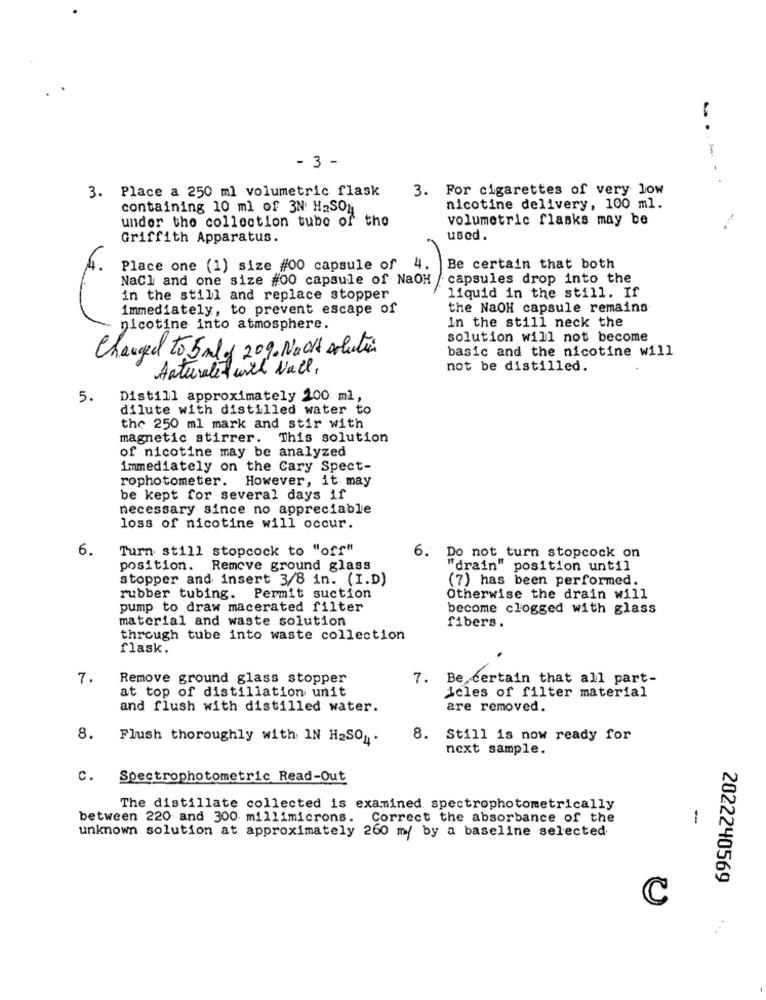
- 3 -
3. For cigarettes of very low
3. Place a 250 ml volumetric flask
containing 10 ml of 3N: H2SO4
nicotine delivery, 100 ml.
under the collection tube of the
volumetric flasks may be
Griffith Apparatus.
used.
4.
Place one (1) size #00 capsule of
Be certain that both
NaCl and one size #00 capsule of NaOH
capsules drop into the
in the still and replace stopper
liquid in the still. If
immediately, to prevent escape of
the NaOH capsule remains
nicotine into atmosphere.
in the still neck the
solution will not become
Changed to 5 mld 20%. Naott solution
basic and the nicotine will
Anteralet with Nail,
not be distilled.
5.
Distill approximately 200 ml,
dilute with distilled water to
the 250 ml mark and stir with
magnetic stirrer.
This solution
of nicotine may be analyzed
immediately on the Cary Spect-
rophotometer. However, it may
be kept for several days if
necessary since no appreciable
loss of nicotine will occur.
6.
Turn still stopcock to "off"
6. Do not turn stopcock on
position. Remove ground glass
"drain" position until
stopper and insert 3/8 in. (I.D)
(7) has been performed.
rubber tubing. Permit suction
Otherwise the drain will
pump to draw macerated filter
become clogged with glass
material and waste solution
fibers.
through tube into waste collection
flask.
7.
Remove ground glass stopper
7. Be certain that all part-
at top of distillation unit
icles of filter material
and flush with distilled water.
are removed.
8.
Flush thoroughly with IN H2SO4.
8. Still is now ready for
next sample.
c.
Spectrophotometric Read-Out
The distillate collected is examined spectrophotometrically
between 220 and 300 millimicrons.
Correct the absorbance of the
-
unknown solution at approximately 260 my by a baseline selected
2022240569
C